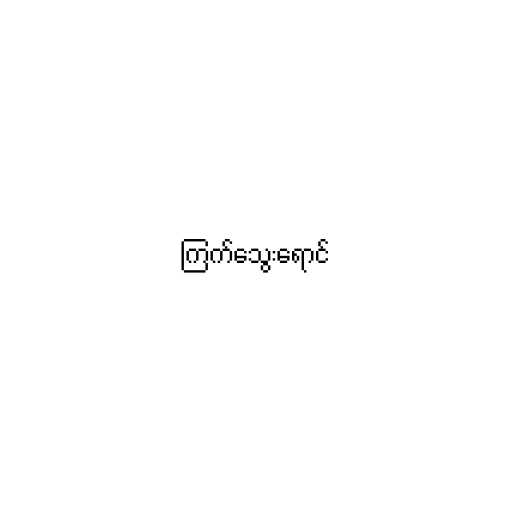
ကြက်သွေးရောင်